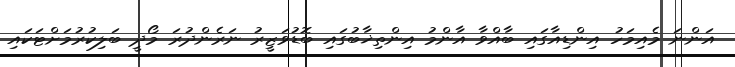
އަންނަ މެއިމަހު އިންޑިއާގައި ބާއްވާ އާންމު އިންތިޚާބުގައި ބޮޑުވަޒީރު ނަރެންދުރަ މޯދީ ބަލިކުރުމަށްޓަކައި